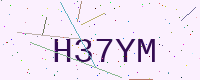
Text: H37YM